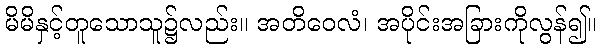
မိမိနှင့်တူသောသူ၌လည်း။ အတိဝေလံ၊ အပိုင်းအခြားကိုလွန်၍။